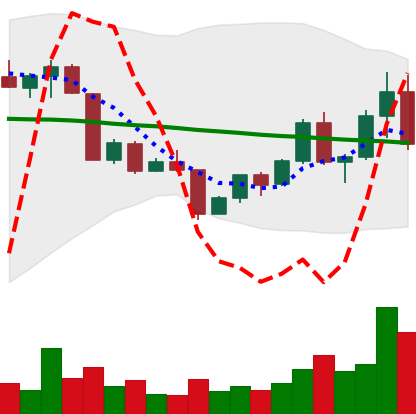
Ticker: EOS-USD
Chart end date: 2022-04-21
Forward return: -12.85%
Label: down_7plus